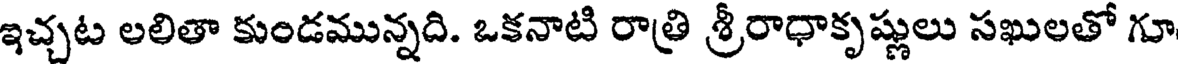
ఇచ్చట లలితా కుండమున్నది. ఒకనాటి రాత్రి శ్రీరాధాకృష్ణులు సఖులతో గూ